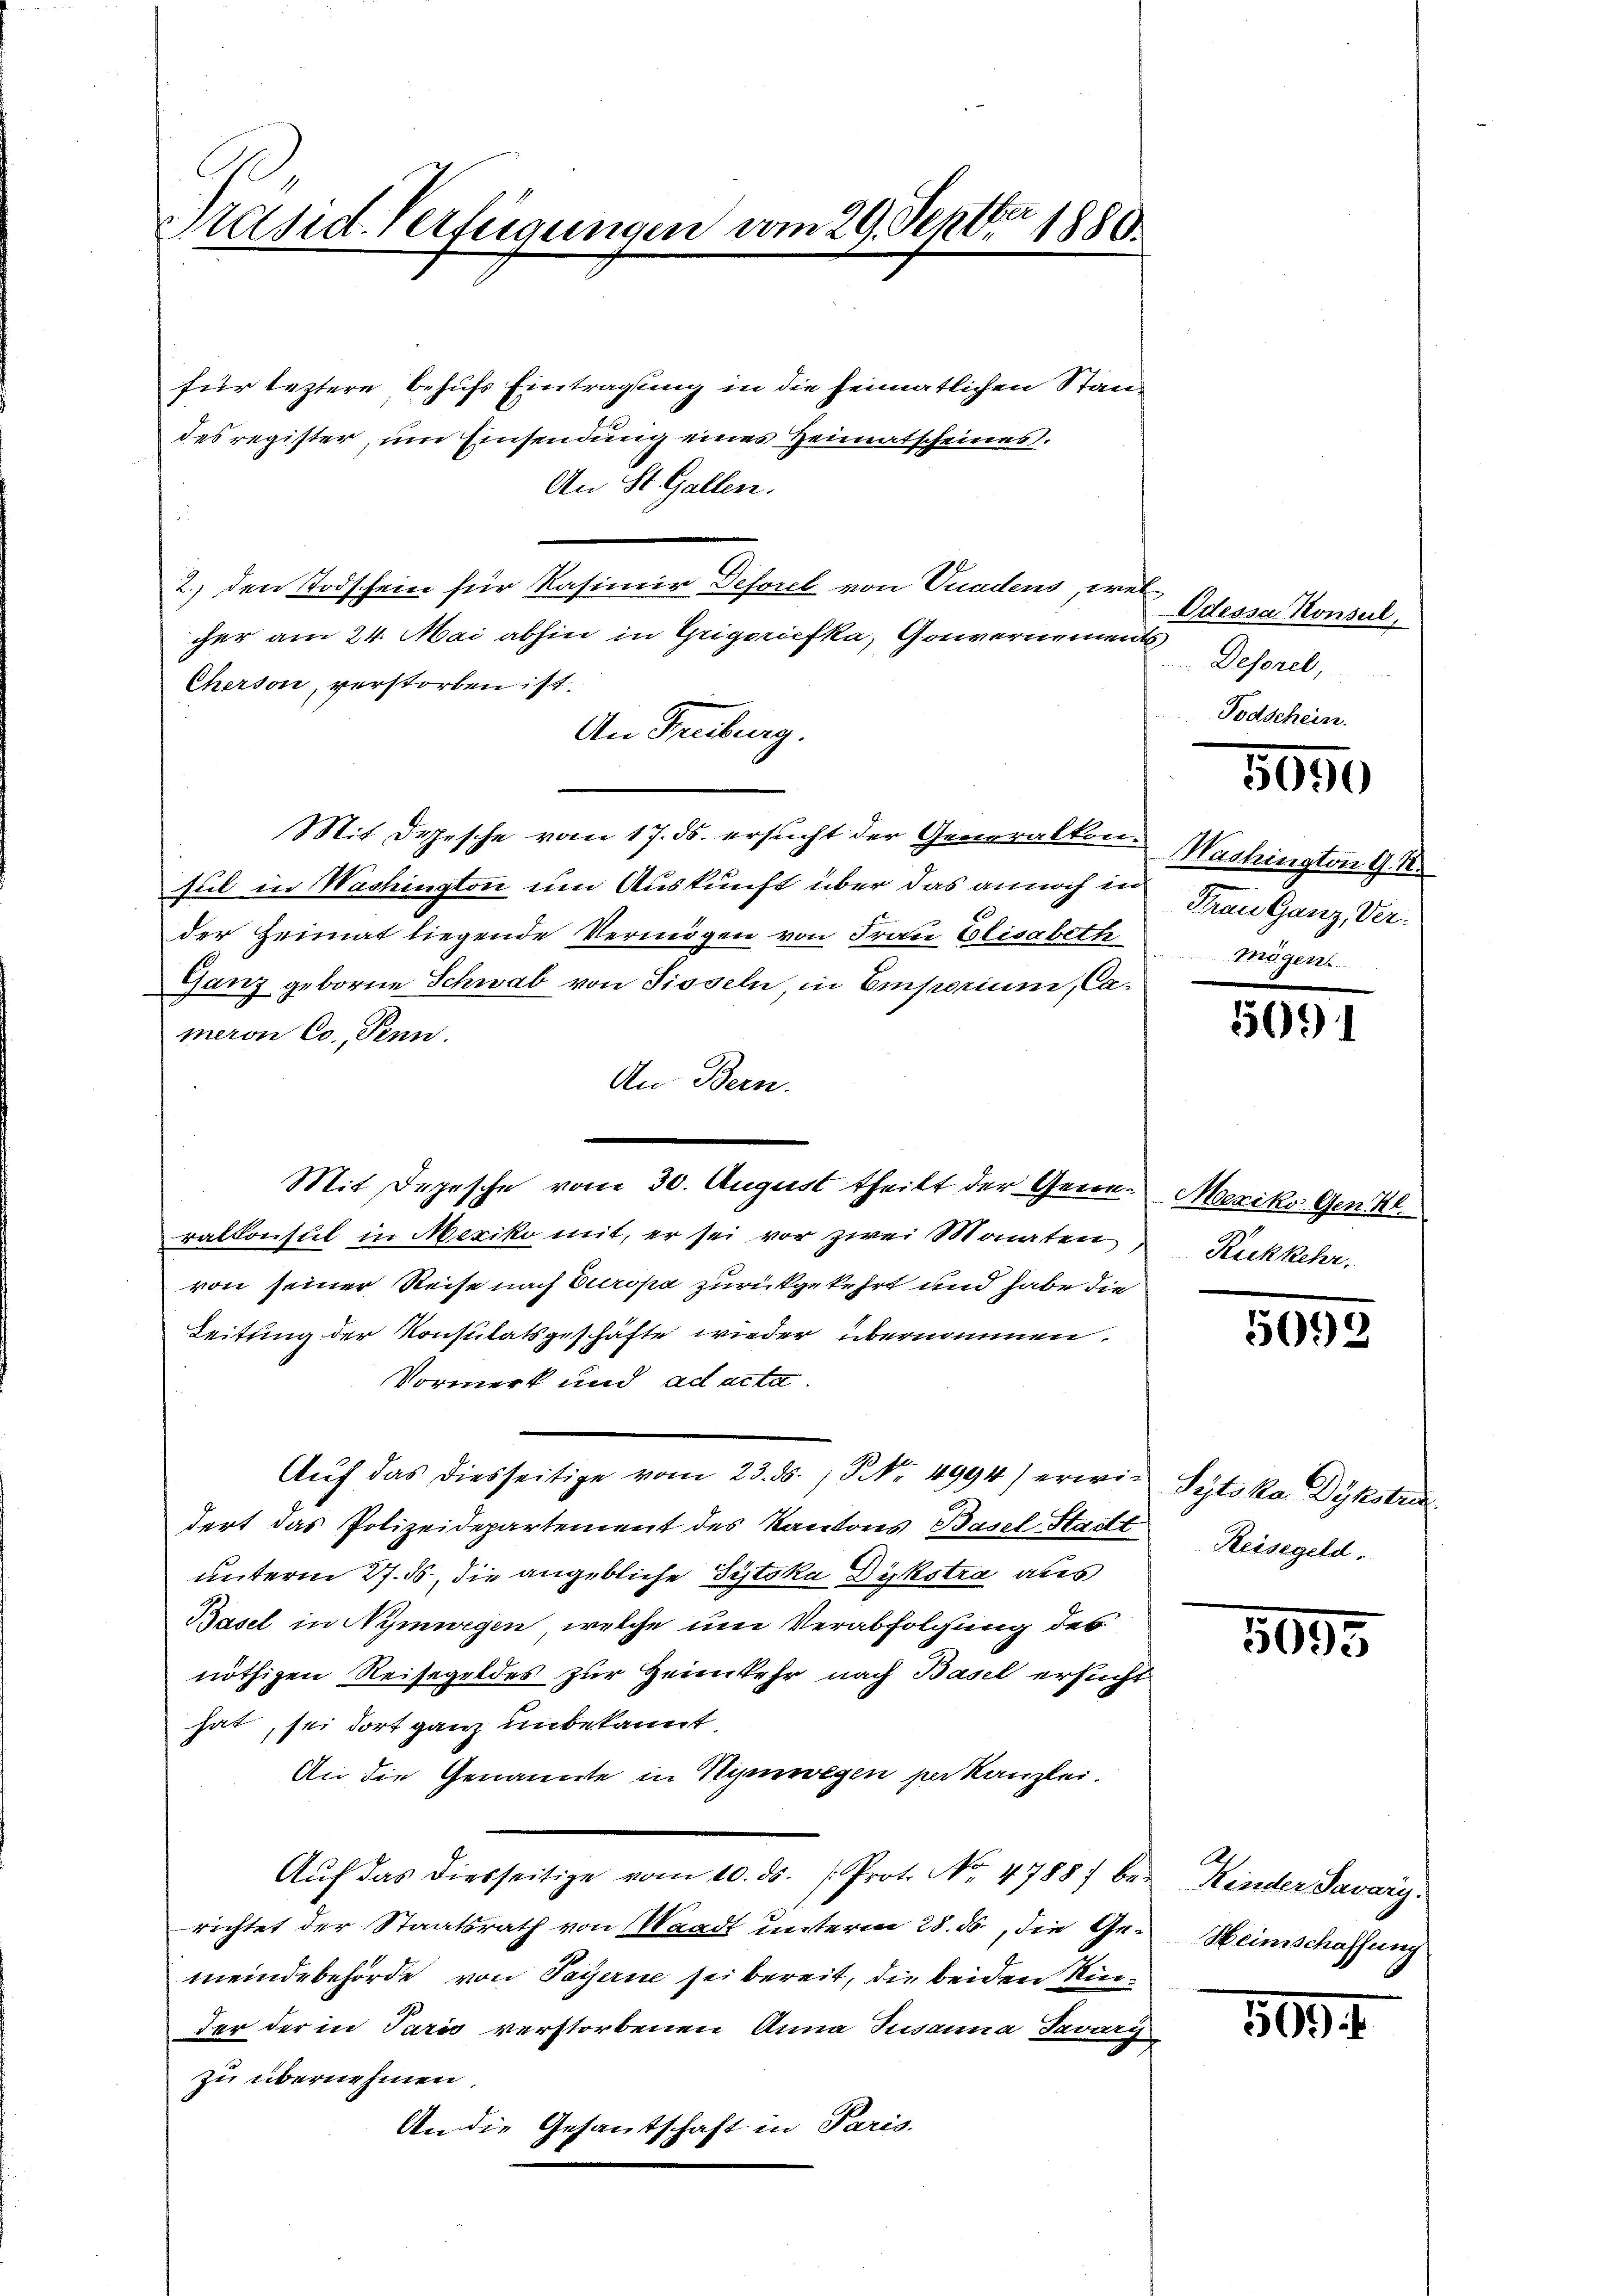
Präsid. Verfügungen

An St. Gallen.

vom 29. Septbr 1880.

für leztere behufs Eintragung in die heimatlichen Standes register, um Einsendung eines Heimatscheines.
d
2.) den Todschein für Kasimir Deforel von Vuadens, welcher am 24. Mai abhin in Grigoriefka, Gouvernement
Cherson, verstorben ist.
An Freiburg.
Mit Depesche vom 17. ds. ersucht der Generalkonsul in Washington um Auskunft über das annoch in
der Heimat liegende Vermögen von Frau Elisabeth
Ganz geborne Schwab von Sisseln in Emporium, Cameron Co., Tenn.
An Bern.
Mit Depesche vom 30. August theilt der Generalkonsul in Mexiko mit, er sei vor zwei Monaten
von seiner Reise nach Europa zurückgekehrt und habe die
Leitung der Konsulatsgeschäfte wieder übernommen.
Vormerk und ad acta
Auf das diesseitige vom 23. ds. No. 4994) erwidert das Polizeidepartement des Kantons Basel Stadt
unterm 27. ds, die angebliche Sytoka Dickstra aus
Basel in Nymwegen, welche um Verabfolgung des
nöthigen Reisegeldes zur Heimkehr nach Basel ersucht
hat, sei dort ganz unbekannt.
An die Genannte in Himwegen verkanzlei.
Aŭf das diesseitige vom 10. ds. /: Prot. No. 4788) be-
richtet der Staatsrath von Waadt unterm 28. ds., die Gemeindebehörde von Payerne sei bereit, die beiden Kinder der in Paris verstorbenen Anna Jusanna Javary
zu übernehmen
An die Gesantschaft in Paris.

Odessa Honsul,
Desorel,

2

650

Washington G. K.
Thrau Ganz, Vertringen

5691

Mexiko Gen. Kl.
Rickkehr.

5093

Sytska Dykstr
Reisegeld.

505.

Kinder Savary.
Heimschaffung

500.